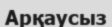
Арқаусыз